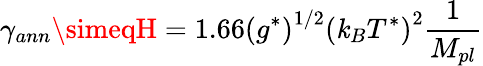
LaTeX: \gamma_{ann}\simeqH=1.66\left(g^{*}\right)^{1/2}\left(\mathit{k}_{B}T^{*}\right)^{2}\frac{{1}}{{M_{pl}}}